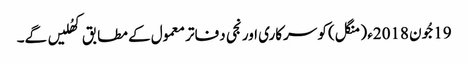
19جُون 2018ء (منگل) کو سرکاری اور نجی دفاتر معمول کے مطابق کھُلیں گے۔